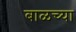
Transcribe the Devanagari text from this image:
बाळच्या